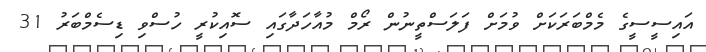
އައިސީސީގެ މެމްބަރަކަށް ވުމަށް ފަލަސްތީނުން ރޯމް މުއާހަދާގައި ސޮއިކުރީ ހުސްވި ޑިސެމްބަރު 31